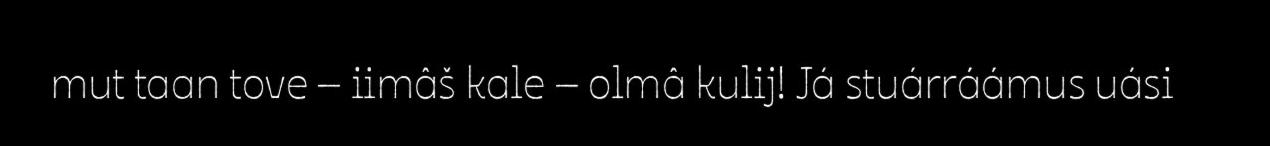
mut taan tove – iimâš kale – olmâ kulij! Já stuárráámus uási